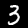
Label: 3